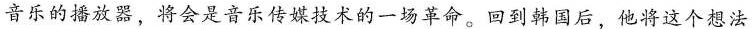
音乐的播放器，将会是音乐传媒技术的一场革命。回到韩国后，他将这个想法